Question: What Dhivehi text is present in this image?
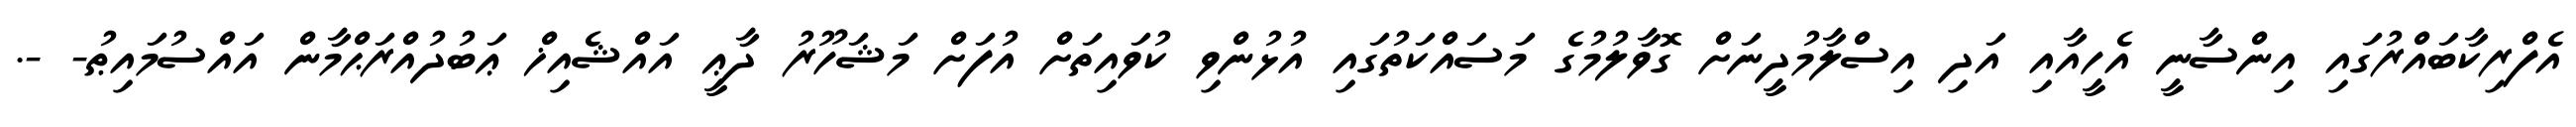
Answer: އެފްރިކާބައްރުގައި އިންސާނީ އެހީއާއި އަދި އިސްލާމުދީނަށް ގޮވާލުމުގެ މަސައްކަތުގައި އުޅުންވި ކުވައިތަށް އުފަށް މަޝަހޫރު ދާޢީ އައްޝެއިޚް ޢަބުދުއްރަޙްމާން އައްސުމައިޠު- -.